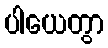
ပါယေတွာ